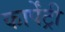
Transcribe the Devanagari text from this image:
कार्पेंट्री